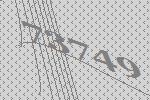
73749